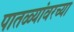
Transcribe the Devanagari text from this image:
पातळ्यांवरच्या